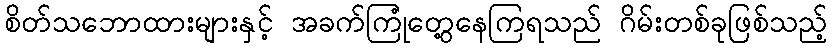
စိတ်သဘောထားများနှင့် အခက်ကြုံတွေ့နေကြရသည် ဂိမ်းတစ်ခုဖြစ်သည့်